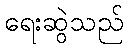
ရေးဆွဲသည်